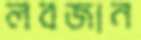
লবজান